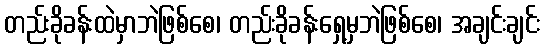
တည်းခိုခန်းထဲမှာဘဲဖြစ်စေ၊ တည်းခိုခန်းရှေ့မှဘဲဖြစ်စေ၊ အချင်းချင်း